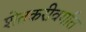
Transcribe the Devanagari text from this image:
शेतकरीवर्गात